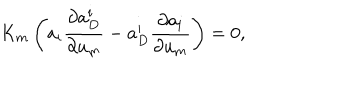
LaTeX: K _ { m } \left( a _ { i } \frac { \partial a _ { D } ^ { i } } { \partial u _ { m } } - a _ { D } ^ { i } \frac { \partial a _ { i } } { \partial u _ { m } } \right) = 0 ,